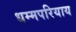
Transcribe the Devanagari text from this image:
धम्मपरियाय